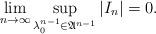
LaTeX: \begin{align*} \lim_{n\to\infty}\sup_{\lambda_0^{n-1}\in\mathfrak A^{n-1}} |I_n|=0.\end{align*}